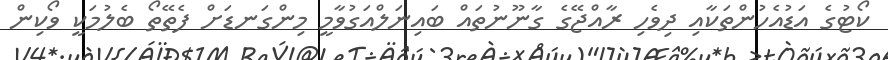
ކޯޓުގެ އަޑުއެހުންތަކާއި ދިވެހި ރާއްޖޭގެ ގާނޫނުތައް ބައިނަލްއަގުވާމީ މިންގަނޑަށް ފެތޭތޯ ބެލުމަކީ ވޯކިން